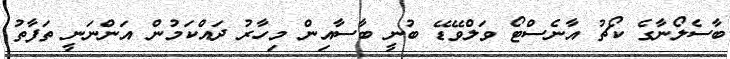
ބާސެލޯނާގެ ކޯޗު އާނެސްޓޯ ވަލްވޭޑޭ ބުނީ ބާސާއިން މިހާރު ދައްކަމުން އަންނަނީ ތަފާތު